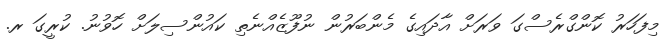
މިފަހަރު ކޮންގްރެސްގަ ވަރަށް އާދައިގެ މެންބަރުން ނުފޫޒެއްނެތި ކައުންސިލަށް ހޮވުނު. ކުރީގަ ރ.